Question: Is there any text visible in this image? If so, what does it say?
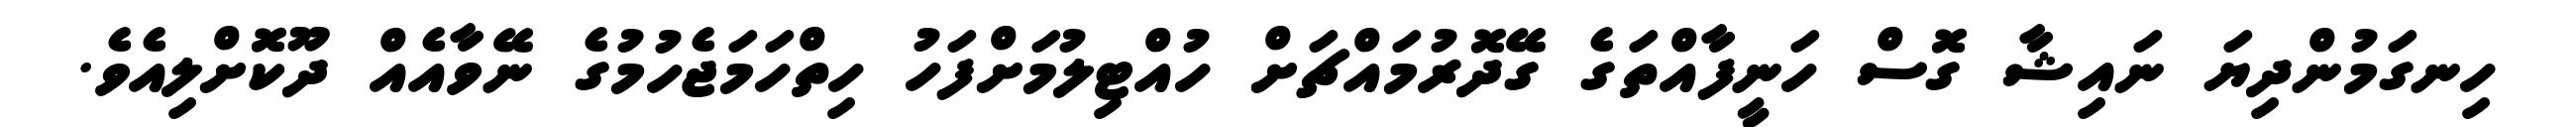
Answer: ހިނގަމުންދިޔަ ނައިޝާ ގޮސް ހަނީފާއްތަގެ ގޭދޮރުމައްޗަށް ހުއްޓިލުމަށްފަހު ހިތްހަމަޖެހުމުގެ ނޭވާއެއް ދޫކޮށްލިއެވެ.